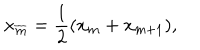
x _ { \overline { { m } } } = { \frac { 1 } { 2 } } ( x _ { m } + x _ { m + 1 } ) ,